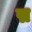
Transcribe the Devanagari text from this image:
द्म